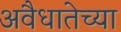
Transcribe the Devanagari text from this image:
अवैधातेच्या